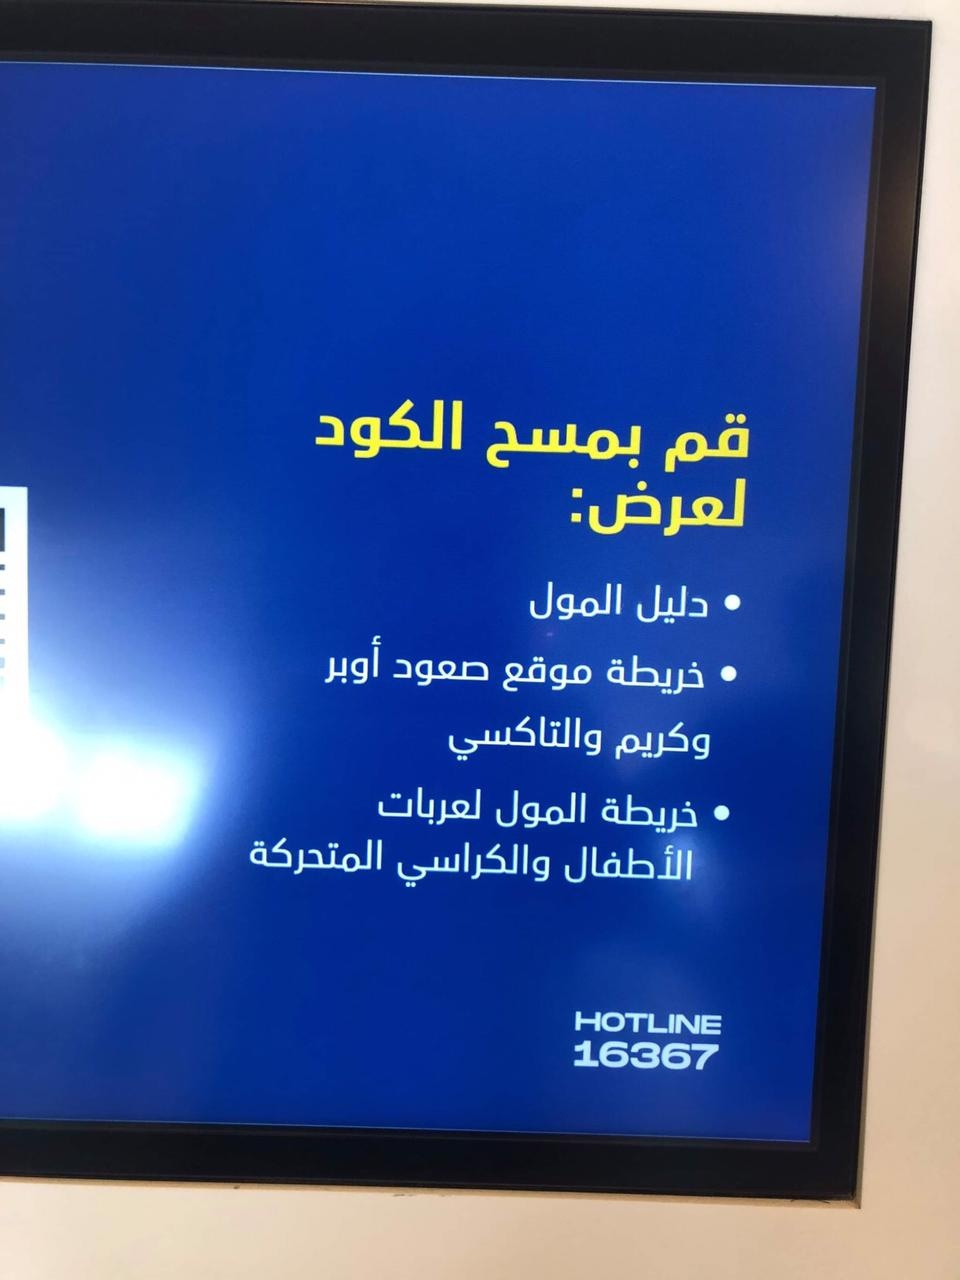
Text in image: الكود قم بمسح لعرض: المول دليل أوبر صعود موقع خريطة والتاكسي وكريم لعربات المول خريطة المتحركة والكراسي الأطفال HOTLINE 16367